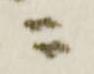
ニ